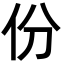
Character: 份